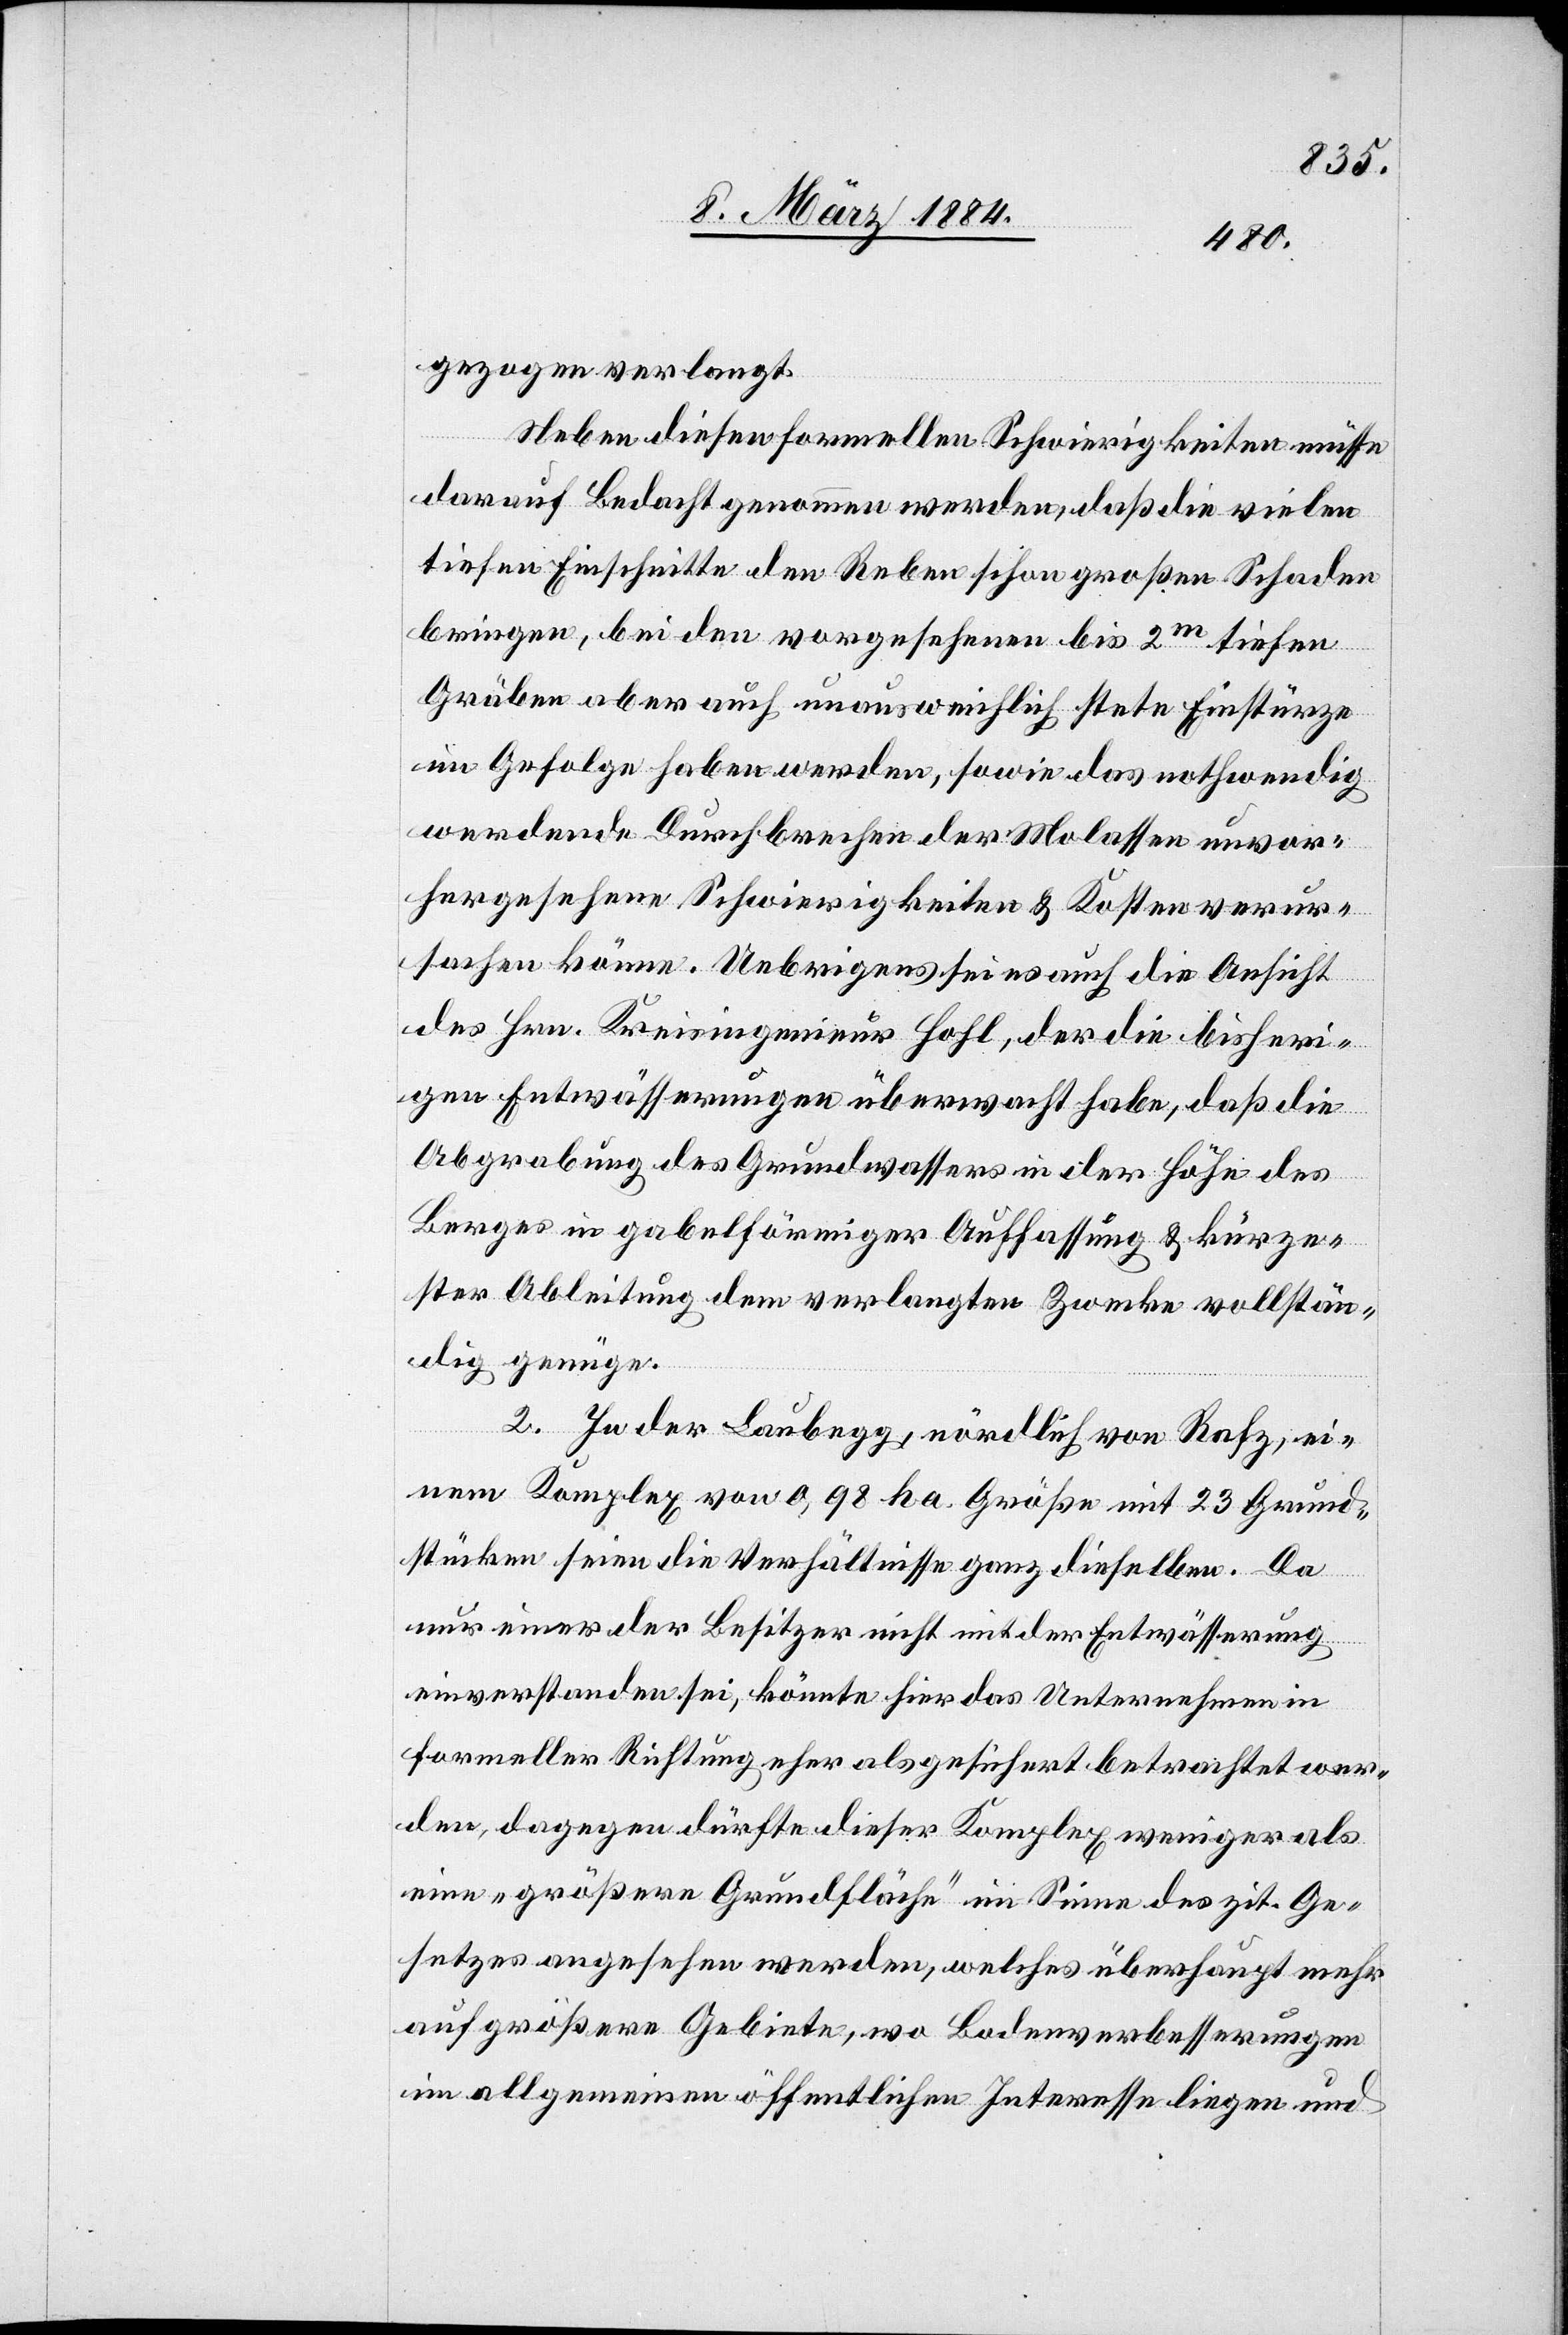
gezogen verlangt.
Neben diesen formellen Schwierigkeiten müsse
darauf Bedacht genommen werden, daß die vielen
tiefen Einschnitte den Reben schon großen Schaden
bringen, bei den vorgesehenen bis 2m tiefen
Gräben aber auch unausweichlich stete Einstürze
im Gefolge haben werden, sowie das nothwendig
werdende Durchbrechen der Molasse unvor¬
hergesehene Schwierigkeiten & Kosten verur¬
sachen könne. Uebrigens sei es auch die Ansicht
des Hrn. Kreisingenieur Hohl, der die bisheri¬
gen Entwässerungen überwacht habe, daß die
Abgrabung des Grundwassers in der Höhe des
Berges in gabelförmiger Auffassung & kürze¬
ster Ableitung dem verlangten Zwecke vollstän¬
dig genüge.
2. In der Laubegg, nördlich von Rafz, ei¬
nem Komplex von 0,98 ha Größe mit 23 Grund¬
stücken seien die Verhältnisse ganz dieselben. Da
nur einer der Besitzer nicht mit der Entwässerung
einverstanden sei, könnte hier das Unternehmen in
formeller Richtung eher als gesichert betrachtet wer¬
den, dagegen dürfte dieser Komplex weniger als
eine „größere Grundfläche“ im Sinne des zit. Ge¬
setzes angesehen werden, welches überhaupt mehr
auf größere Gebiete, wo Bodenverbesserungen
im allgemeinen öffentliche Interesse liegen und